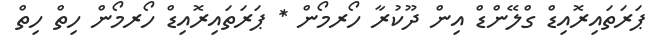
ޕަރަތައިރޮއިޑް ގްލޭންޑް އިން ދޫކުރާ ހޯރމޯން * ޕަރަތައިރޮއިޑް ހޯރމޯން ހިތް ހިތް